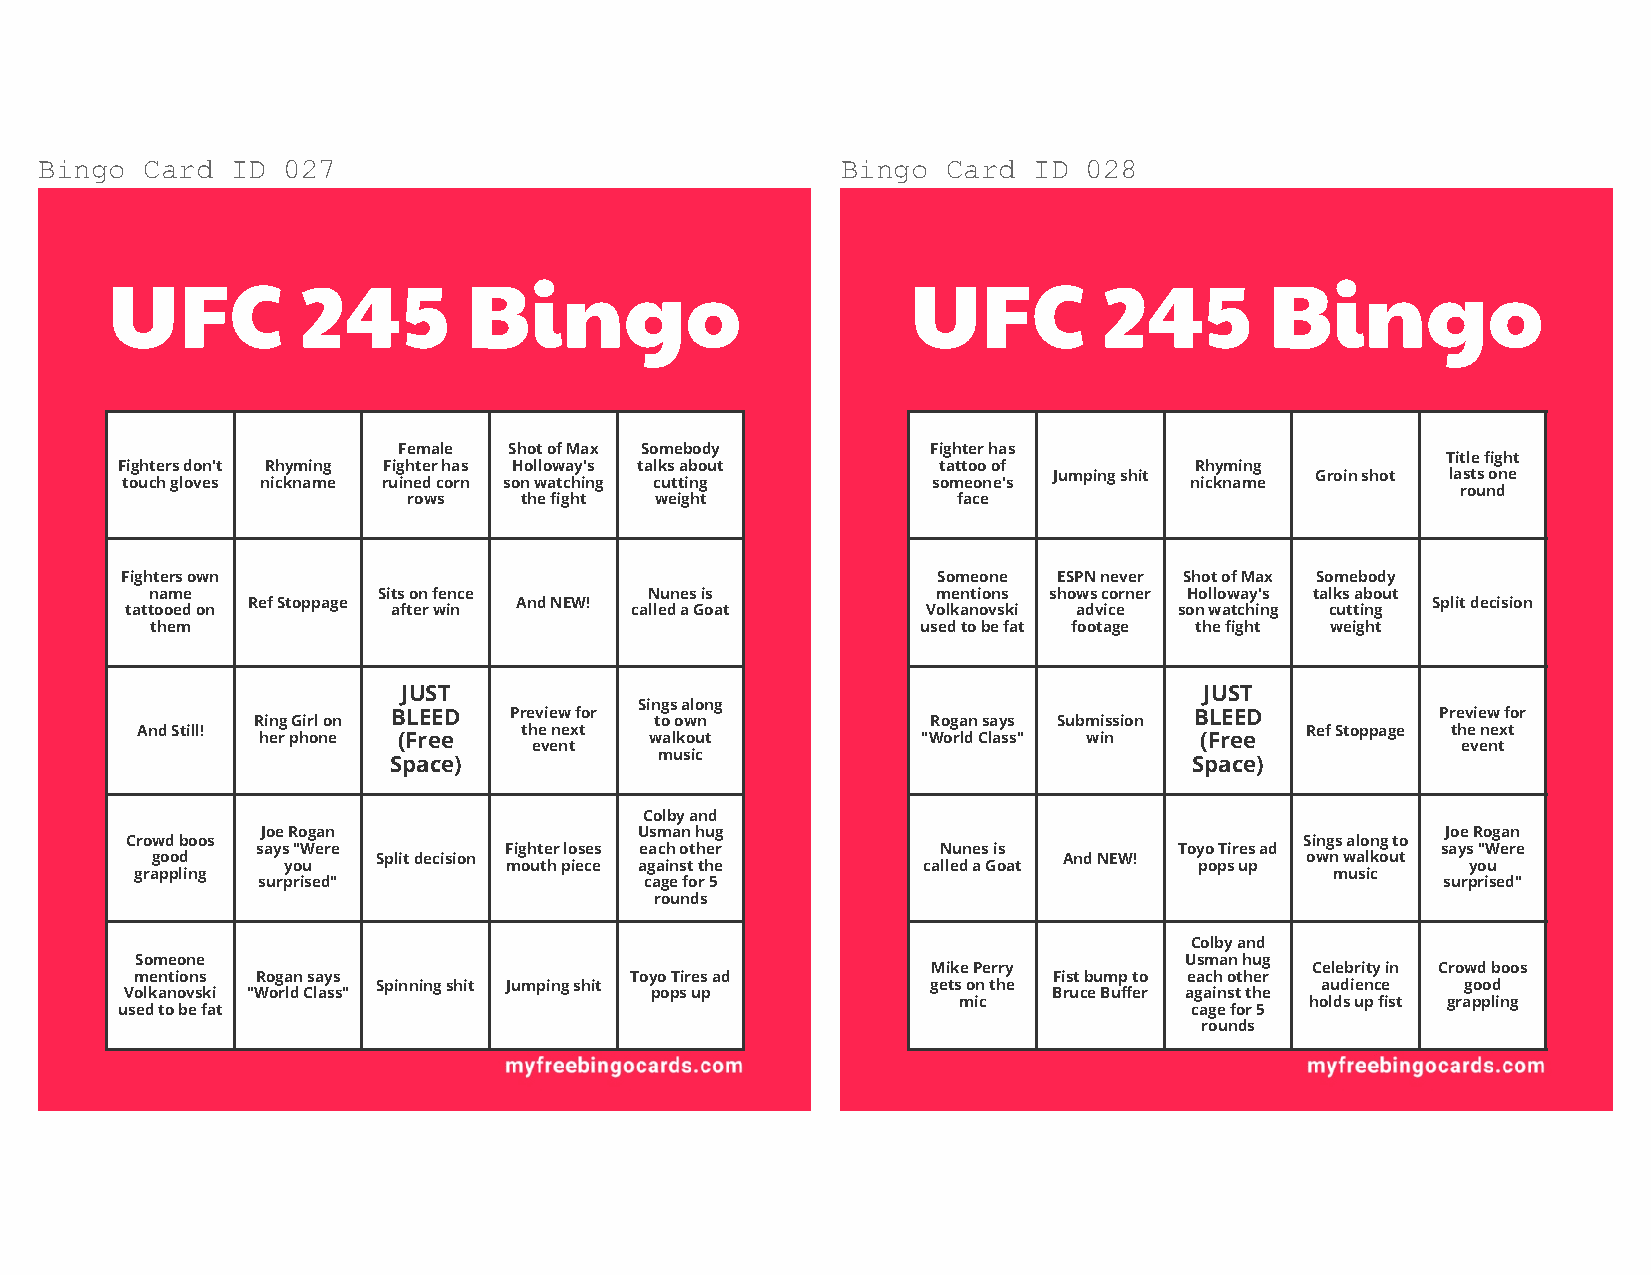
Bingo Card  ID  027                                  Bingo  Card ID  028
 UFC          245        Bingo                        UFC          245        Bingo
 Female  Shot of Max Somebody        Fighter has
 Title fight
 Fighters don't Rhyming Fighter has Holloway's talks about tattoo of    Rhyming
 Jumping shit     Groin shot lasts one
 touch gloves nickname ruined corn son watching cutting someone's       nickname
 round
 rows   the fight weight             face
 Fighters own                                          Someone ESPN never Shot of Max Somebody
 name           Sits on fence     Nunes is           mentions shows corner Holloway's talks about
 Ref Stoppage      And NEW!                                                     Split decision
 tattooed on       after win       called a Goat      Volkanovski advice son watching cutting
 them                                               used to be fat footage the fight weight
 JUST                                                 JUST
 Sings along
 BLEED   Preview for                                  BLEED           Preview for
 Ring Girl on              to own             Rogan says Submission
 And Still!                the next                                           Ref Stoppage the next
 her phone (Free           walkout           "World Class" win (Free
 event                                                         event
 music
 Space)                                               Space)
 Colby and
 Joe Rogan                Usman hug                                             Joe Rogan
 Crowd boos                                                                    Sings along to
 says "Were      Fighter loses each other     Nunes is        Toyo Tires ad    says "Were
 good           Split decision                               And NEW!        own walkout
 you           mouth piece against the     called a Goat     pops up           you
 grappling                                                                      music
 surprised"                cage for 5                                          surprised"
 rounds
 Colby and
 Someone                                                              Usman hug
 Mike Perry               Celebrity in Crowd boos
 mentions Rogan says              Toyo Tires ad               Fist bump to each other
 Spinning shit Jumping shit           gets on the              audience  good
 Volkanovski "World Class"          pops up                    Bruce Buffer against the
 mic                     holds up fist grappling
 used to be fat                                                         cage for 5
 rounds